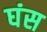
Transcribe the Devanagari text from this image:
घंस